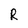
Character: R